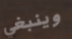
وينبغي